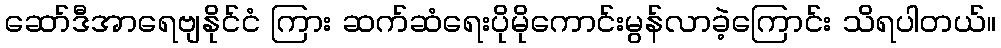
ဆော်ဒီအာရေဗျနိုင်ငံ ကြား ဆက်ဆံရေးပိုမိုကောင်းမွန်လာခဲ့ကြောင်း သိရပါတယ်။